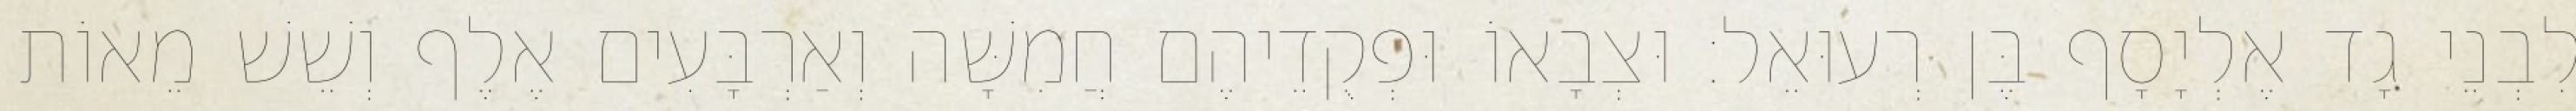
לִבְנֵי גָד אֶלְיָסָף בֶּן רְעוּאֵל׃ וּצְבָאוֹ וּפְקֻדֵיהֶם חֲמִשָּׁה וְאַרְבָּעִים אֶלֶף וְשֵׁשׁ מֵאוֹת